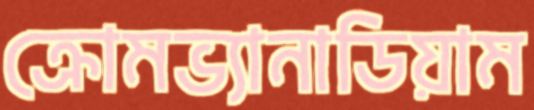
ক্রোমভ্যানাডিয়াম